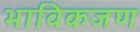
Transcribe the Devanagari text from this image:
भाविकजण